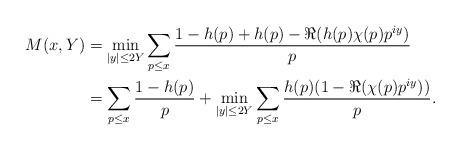
LaTeX: \begin{align*}M(x,Y) &= \min_{|y| \leq 2Y} \sum_{p \leq x} \frac{1 - h(p) + h(p) - \Re( h(p)\chi(p) p^{iy})}{p} \\&= \sum_{p \leq x} \frac{1 - h(p)}{p}+ \min_{|y| \leq 2Y} \sum_{p \leq x} \frac{h(p)(1 - \Re(\chi(p) p^{iy}))}{p}.\end{align*}